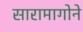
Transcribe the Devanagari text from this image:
सारामागोने